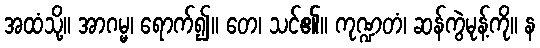
အထံသို့။ အာဂမ္မ၊ ရောက်၍။ တေ၊ သင်၏။ ကုဏ္ဍတံ၊ ဆန်ကွဲမုန့်ကို။ န